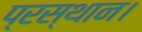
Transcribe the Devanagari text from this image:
प्रस्थान।